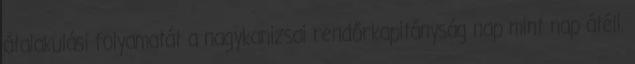
átalakulási folyamatát a nagykanizsai rendőrkapitányság nap mint nap átéli.